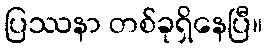
ပြဿနာ တစ်ခုရှိနေပြီ။